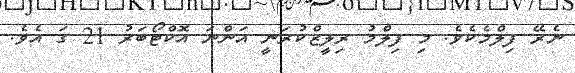
ނެރޭ ފިލްމެކެވެ. މި ފިލްމު ރިލީޒްކުރަނީ އަންނަ އޮކްޓޯބަރު 21 ގަ އެވެ.